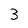
Character: 3